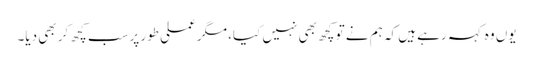
یوں وہ کہہ رہے ہیں کہ ہم نے تو کچھ بھی نہیں کیا، مگر عملی طور پرسب کچھ کر بھی دیا۔